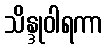
သိန္ဒုဝါရကာ